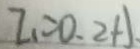
I _ { 1 } = 0 . 2 A